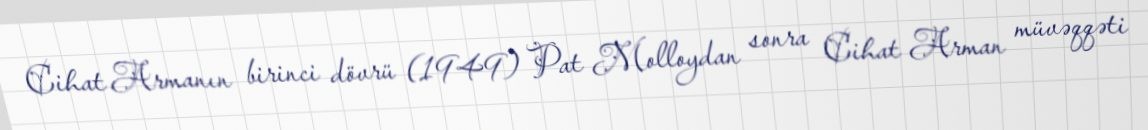
Cihat Armanın birinci dövrü (1949) Pat Molloydan sonra Cihat Arman müvəqqəti